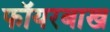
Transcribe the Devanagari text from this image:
फॉयरबाख